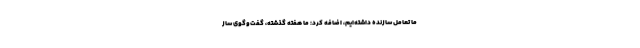
ما تعامل سازنده داشته‌ایم، اضافه کرد: ما هفته گذشته، گفت‌وگوی ساز